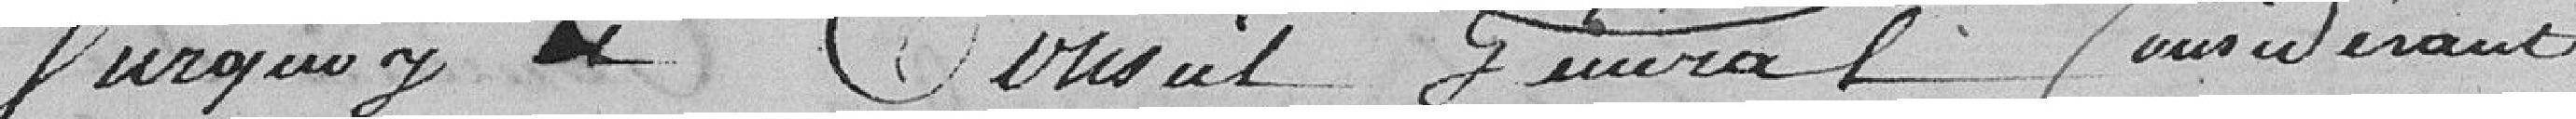
Sur quoy le Conseil Général considérant